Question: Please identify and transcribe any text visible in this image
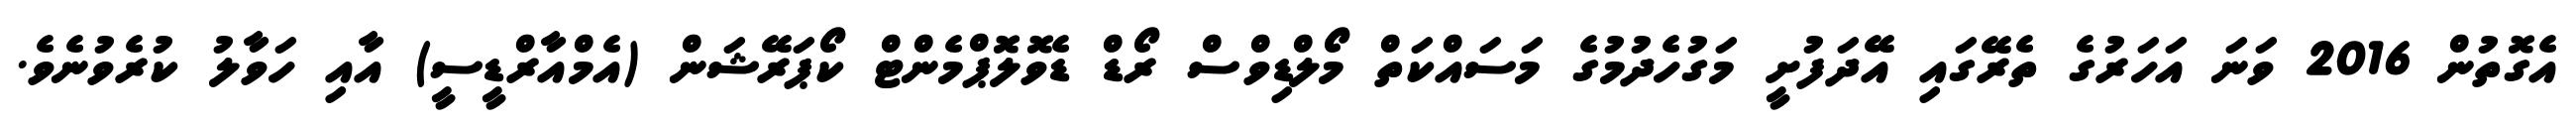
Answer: އެގޮތުން 2016 ވަނަ އަހަރުގެ ތެރޭގައި އޭދަފުށީ މަގުހެދުމުގެ މަސައްކަތް މޯލްޑިވްސް ރޯޑް ޑެވޮލޮޕްމެންޓް ކޯޕަރޭޝަން (އެމްއާރްޑީސީ) އާއި ހަވާލު ކުރެވުނެވެ.